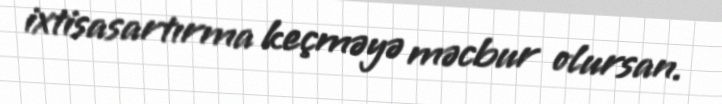
ixtisasartırma keçməyə məcbur olursan.